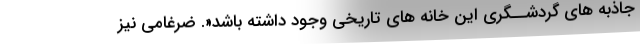
جاذبه های گردشــگری این خانه های تاریخی وجود داشته باشد«. ضرغامی نیز